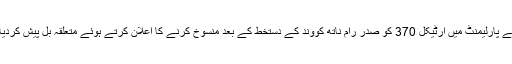
واضح رہے 5 اگست کو بھارتی وزیر داخلہ امیت شاہ نے پارلیمنٹ میں آرٹیکل 370 کو صدر رام ناتھ کووند کے دستخط کے بعد منسوخ کرنے کا اعلان کرتے ہوئے متعلقہ بل پیش کردیا تھا جبکہ مقبوضہ کشمیر میں کرفیو نافذ کردیا گیا تھا۔